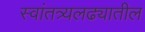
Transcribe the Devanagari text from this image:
स्वांतत्र्यलढ्यातील